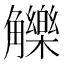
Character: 觻